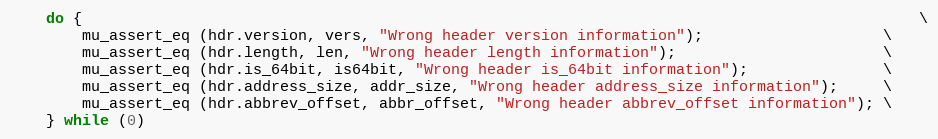
Language: C
	do {                                                                                             \
		mu_assert_eq (hdr.version, vers, "Wrong header version information");                    \
		mu_assert_eq (hdr.length, len, "Wrong header length information");                       \
		mu_assert_eq (hdr.is_64bit, is64bit, "Wrong header is_64bit information");               \
		mu_assert_eq (hdr.address_size, addr_size, "Wrong header address_size information");     \
		mu_assert_eq (hdr.abbrev_offset, abbr_offset, "Wrong header abbrev_offset information"); \
	} while (0)